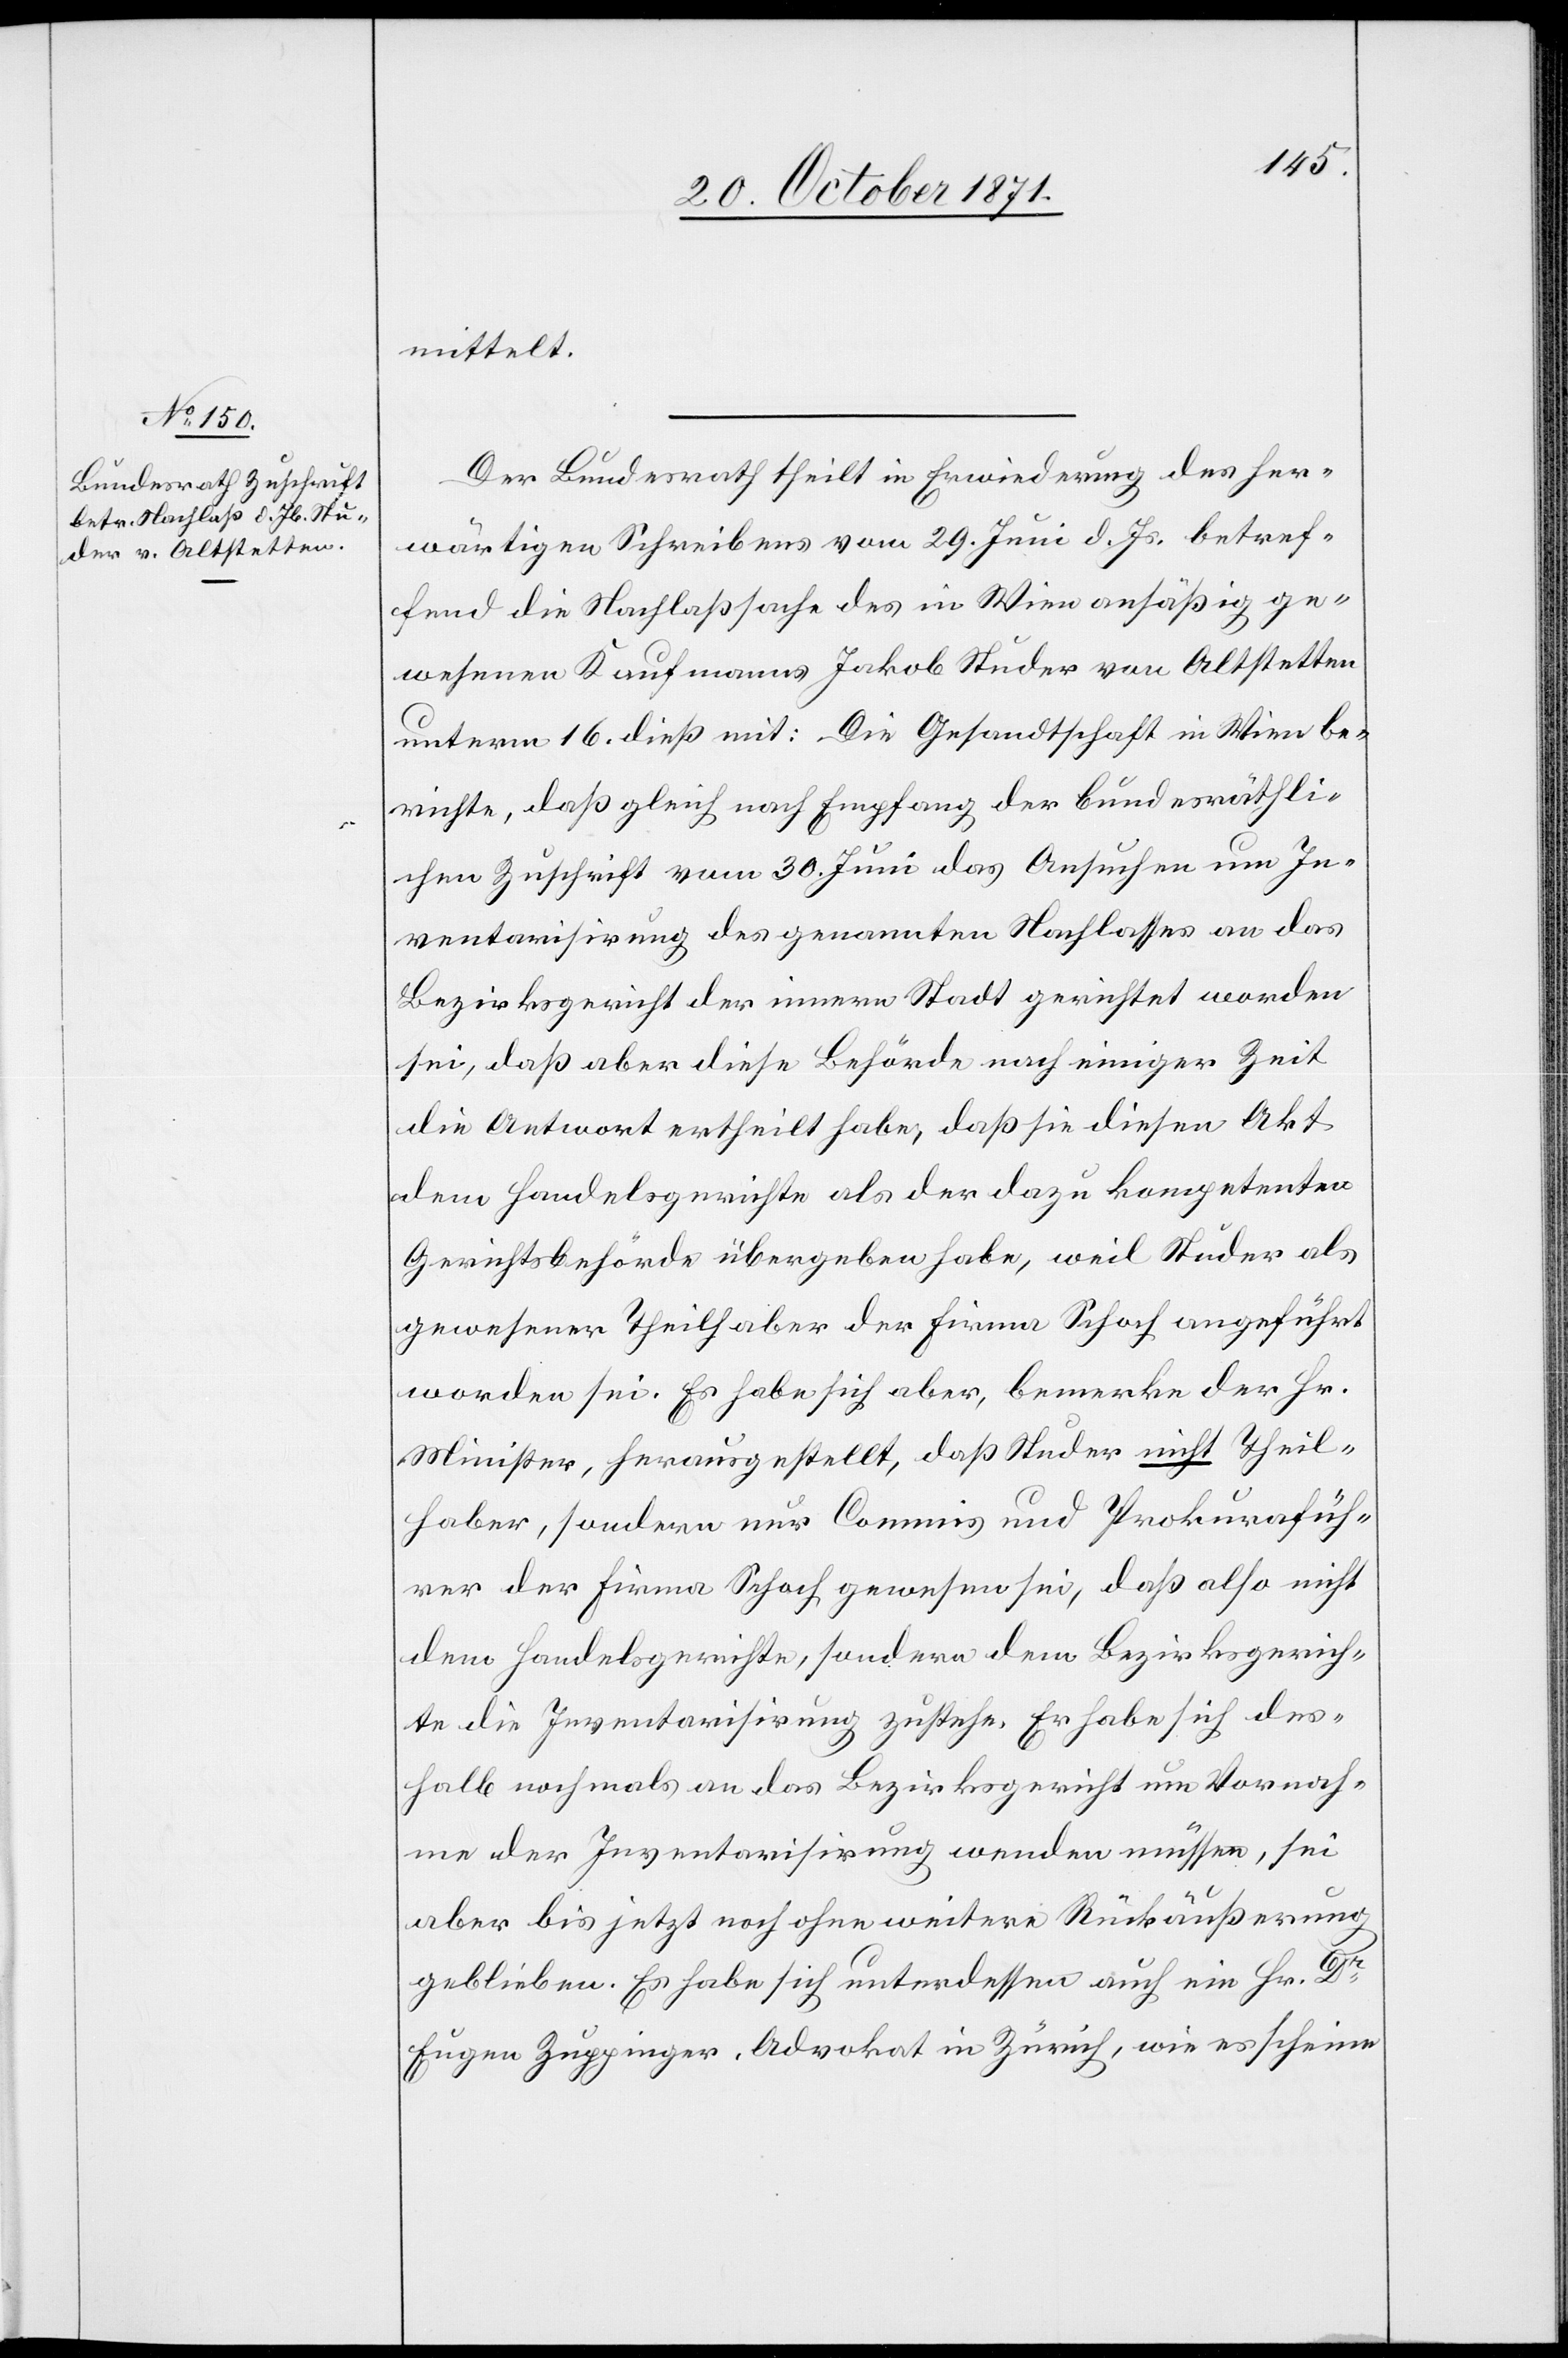
20. October 1871.]
mittelt.
Der Bundesrath theilt in Erwiederung des her¬
wärtigen Schreibens vom 29. Juni d. Js. betref¬
fend die Nachlaßsache des in Wien ansässig ge¬
wesenen Kaufmanns Jakob Studer von Altstetten
unterm 16. dieß mit: Die Gesandtschaft in Wien be¬
richte, daß gleich nach Empfang der bundesräthli¬
chen Zuschrift vom 30. Juni das Ansuchen um In¬
ventarisirung des genannten Nachlasses an das
Bezirksgericht der innern Stadt gerichtet worden
sei, daß aber diese Behörde nach einiger Zeit
die Antwort ertheilt habe, daß sie diesen Akt
dem Handelsgerichte als der dazu kompetenten
Gerichtsbehörde übergeben habe, weil Studer als
gewesener Theilhaber der Firma Schoch angeführt
worden sei. Es habe sich aber, bemerke der Hr.
Minister, herausgestellt, daß Studer nicht Theil¬
haber, sondern nur Commis und Prokurafüh¬
rer der Firma Schoch gewesen sei, daß also nicht
dem Handelsgerichte, sondern dem Bezirksgerich¬
te die Inventarisirung zustehe. Er habe sich des¬
halb nochmals an das Bezirksgericht um Vornah¬
me der Inventarisirung wenden müssen, sei
aber bis jetzt noch ohne weitere Rückäußerung
geblieben. Es habe sich unterdessen auch ein Hr. Dr
Eugen Zuppinger, Advokat in Zürich, wie es scheine